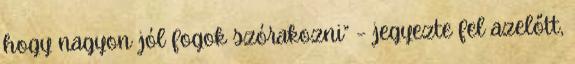
hogy nagyon jól fogok szórakozni” – jegyezte fel azelőtt,